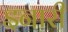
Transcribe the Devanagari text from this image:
इनारी